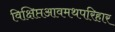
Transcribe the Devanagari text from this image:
विक्षिप्तआवमथपरिहार